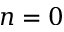
n = 0